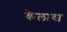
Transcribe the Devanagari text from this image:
केलावा